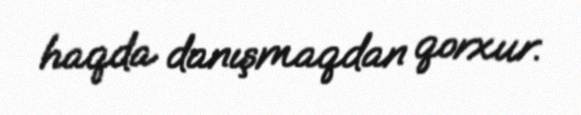
haqda danışmaqdan qorxur.